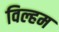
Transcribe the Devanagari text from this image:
विल्हम